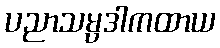
ပညာသမ္ပဒါကထာယ